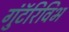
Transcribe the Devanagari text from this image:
गुंटॅरिविभ